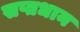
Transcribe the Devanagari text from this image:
सप्तधान